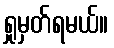
ရှုမှတ်ရမယ်။